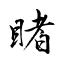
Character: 睹